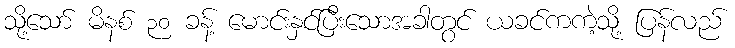
သို့သော် မိနစ် ၃၀ ခန့် မောင်းနှင်ပြီးသောအခါတွင် ယခင်ကကဲ့သို့ ပြန်လည်